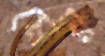
মেয়